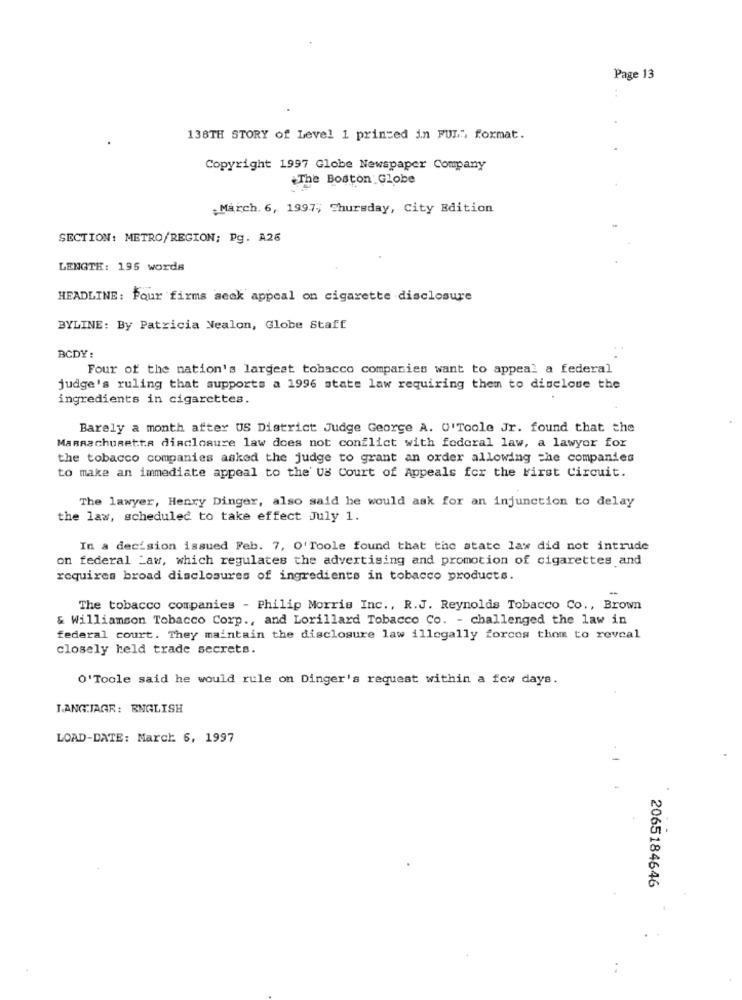
Page 13
138TH STORY of Level 1 printed in FUL". format.
Copyright 1997 Globe Newspaper Company
The Boston Globe
.March. 6, 1997; Thursday, City Edition
SECTION: METRO/REGION; Pg. A26
LENGTH: 195 words
HEADLINE: Four firms seck appeal on cigarette disclosure
BYLINE: By Patricia Nealon, Globe Staff
BCDY :
Four of the nation's largest tobacco companies want to appeal a federal
judge's ruling that supports a 1996 state law requiring them to disclose the
ingredients in cigarettes.
Barely a month after US District Judge George A. 0'Toole Jr. found that the
MaRRachuRetta disclosure law does not conflict with federal law, a lawyer for
the tobacco companies asked the judge to grant an order allowing the companies
to make an immediate appeal to the US Court of Appeals for the First Circuit.
The lawyer, Henry Dinger, also said he would ask for an injunction to delay
the law, scheduled to take effect July 1.
In a decision issued Feb. 7, O'Toole found that the state law did not intrude
on federal Law, which regulates the advertising and promotion of cigarettes and
requires broad disclosures of ingredients in tobacco products.
-
The tobacco companies - Philip Morris Inc ., R.J. Reynolds Tobacco Co ., Brown
& Williamson Tobacco Corp ., and Lorillard Tobacco Co. - challenged the law in
federal court. They maintain the disclosure law illegally forcos thom to reveal
closely held trade secrets.
O'Toole said he would rule on Dinger's request within a few days.
LANGTJAGR: ENGLISH
LOAD-DATE: March 6, 1997
2065184646